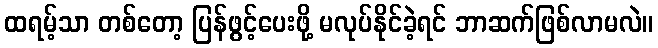
ထရမ့်သာ တစ်တော့ ပြန်ဖွင့်ပေးဖို့ မလုပ်နိုင်ခဲ့ရင် ဘာဆက်ဖြစ်လာမလဲ။